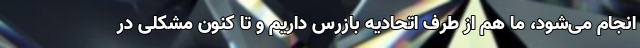
انجام می‌شود، ما هم از طرف اتحادیه بازرس داریم و تا کنون مشکلی در